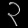
Digit: ၃